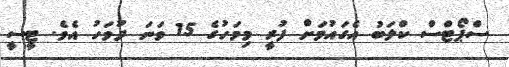
ސްޕޯޓްސް ކްލަބު އެގައުމަށް ފުރީ މިމަހުގެ 15 ވަނަ ދުވަހު އެވެ. ޓީސީ